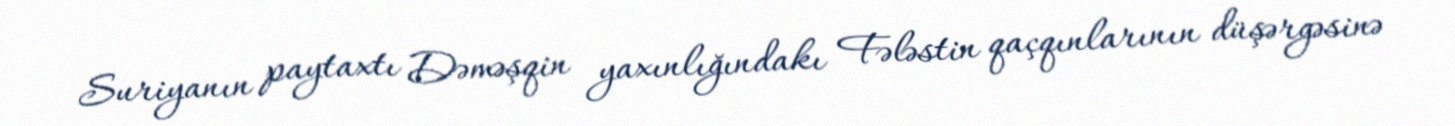
Suriyanın paytaxtı Dəməşqin yaxınlığındakı Fələstin qaçqınlarının düşərgəsinə